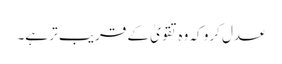
عدل کرو کہ وہ تقویٰ کے قریب تر ہے۔